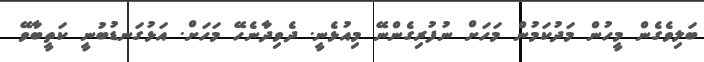
ބަލިވެގެން މީހުން މަދުކަމުން މަހަށް ނުފުރިގެންނޭ މިއުޅެނީ. ދެވިދާނެހޭ މަހަށް. އަޅުގަނޑުބުނީ ކަތީބާވޭ